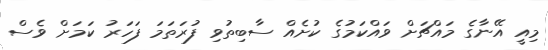
މިއީ އޭނާގެ މައްޗަށް ވައްކަމުގެ ކުށެއް ސާބިތުވި ފުރަތަމަ ފަހަރު ކަމަށް ވެސް